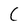
Character: C